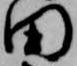
田